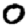
Digit: 0